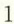
1